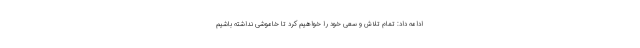
ادامه داد: تمام تلاش و سعی خود را خواهیم کرد تا خاموشی نداشته باشیم